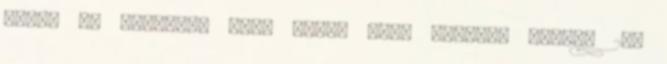
Zicsi és vásonkői gróf Zichy Géza Sztára, július 23.